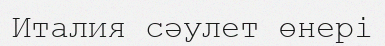
Италия сәулет өнері